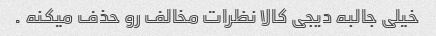
خیلی جالبه دیجی کالا نظرات مخالف رو حذف میکنه .